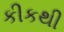
કીકથી